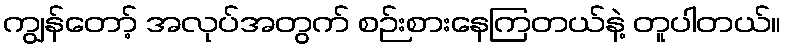
ကျွန်တော့် အလုပ်အတွက် စဉ်းစားနေကြတယ်နဲ့ တူပါတယ်။